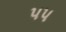
પપ